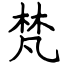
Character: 梵